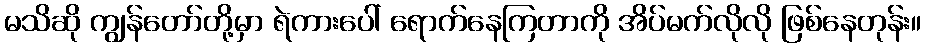
မသိဆို ကျွန်တော်တို့မှာ ရဲကားပေါ် ရောက်နေကြတာကို အိပ်မက်လိုလို ဖြစ်နေတုန်း။